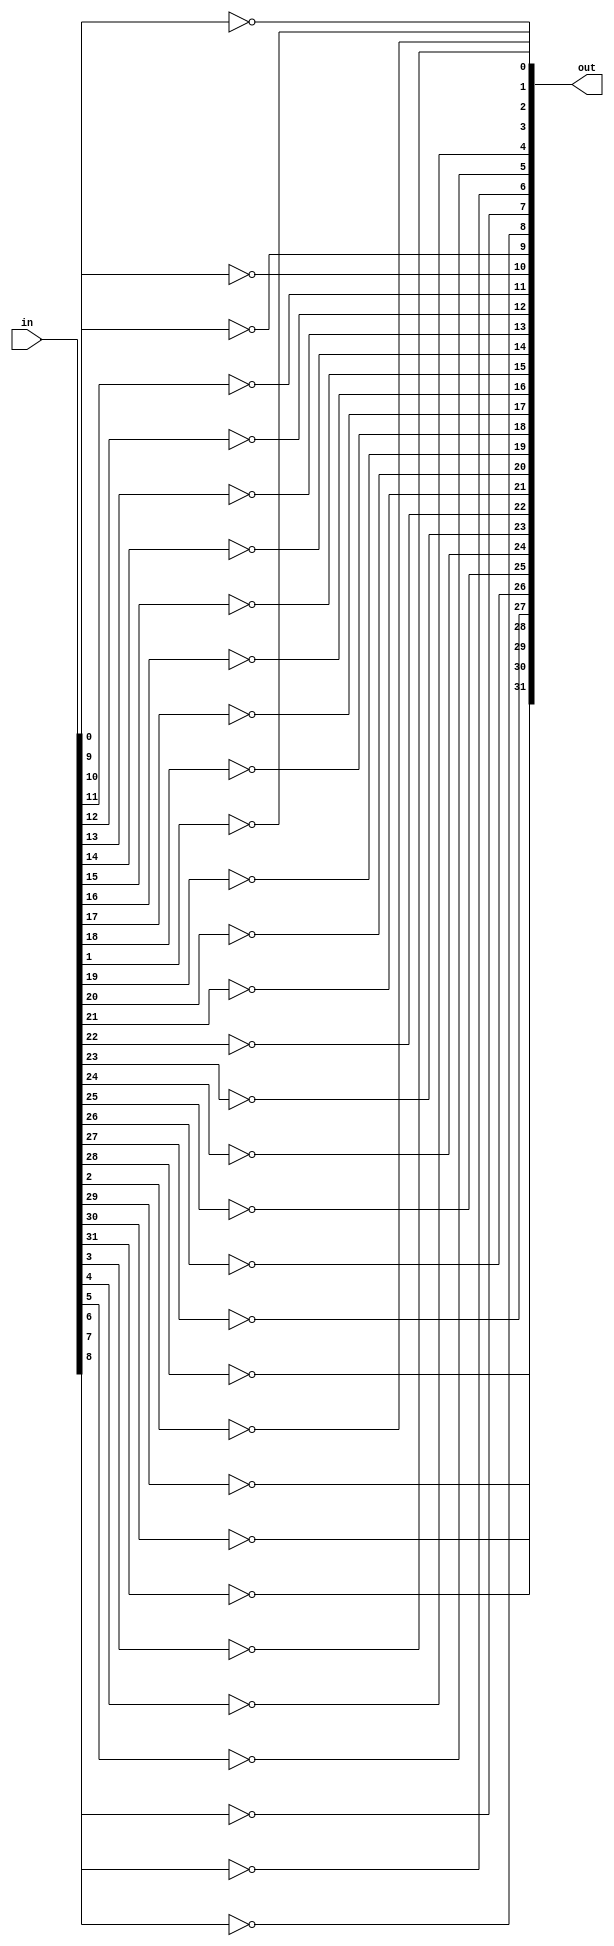
module Not32(in, out);
	input [31:0] in;
	output [31:0] out;
	
	genvar i;
 generate
  for (i = 0; i < 32; i = i + 1) begin: Not_Series
   not not_what(out[i], in[i]);
  end
 endgenerate
endmodule